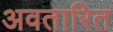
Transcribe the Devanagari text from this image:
अवतारित